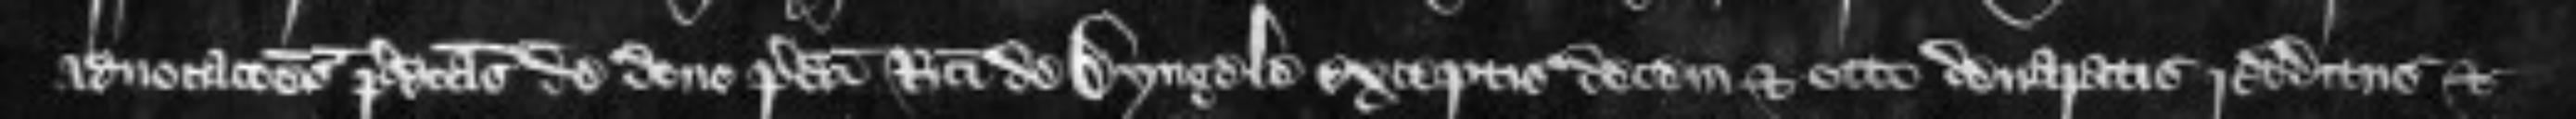
advocationes predictas de dono predicti Ricardi de Dyngele exceptis decem et octo denaratis redditus et